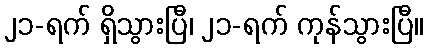
၂၁-ရက် ရှိသွားပြီ၊ ၂၁-ရက် ကုန်သွားပြီ။